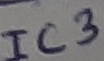
Text: IC3